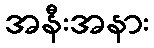
အနီးအနား